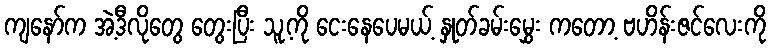
ကျနော်က အဲ့ဒီလိုတွေ တွေးပြီး သူ့ကို ငေးနေပေမယ့် နှုတ်ခမ်းမွှေး ကတော့ ဗဟိန်းဇင်လေးကို